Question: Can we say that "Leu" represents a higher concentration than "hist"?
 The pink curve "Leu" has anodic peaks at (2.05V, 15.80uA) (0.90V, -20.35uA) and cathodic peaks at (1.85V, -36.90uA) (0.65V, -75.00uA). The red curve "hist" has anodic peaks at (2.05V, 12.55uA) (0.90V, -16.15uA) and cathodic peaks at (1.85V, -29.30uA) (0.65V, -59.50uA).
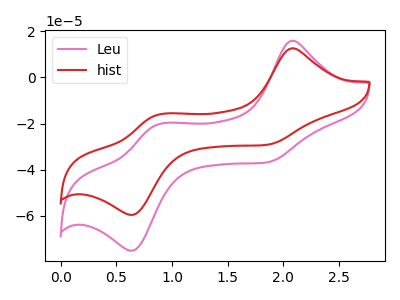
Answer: <think>All the peaks in "Leu" have a peak in "hist" at the same potential.
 </think>
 <answer>I cant tell if "Leu" or "hist" has higher concentration.</answer>
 <eval>mixed_concentration</eval>